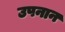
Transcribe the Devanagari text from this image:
उपनान